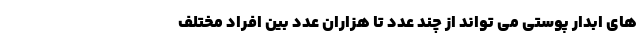
های ابدار پوستی می تواند از چند عدد تا هزاران عدد بین افراد مختلف